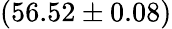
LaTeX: (56.52\pm 0.08)